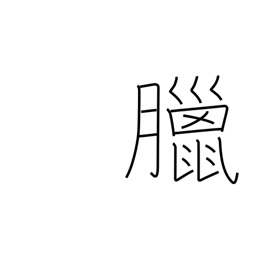
Meaning: 12th lunar month